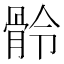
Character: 䯍